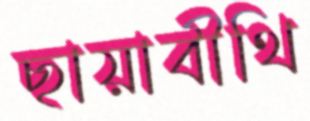
ছায়াবীথি